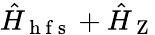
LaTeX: \hat{H}_{\mathrm{~h~f~s~}}+\hat{H}_{\mathrm{~Z~}}